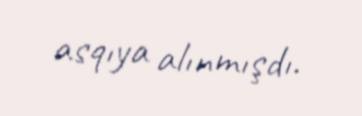
asqıya alınmışdı.